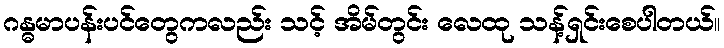
ဂန္ဓမာပန်းပင်တွေကလည်း သင့် အိမ်တွင်း လေထု သန့်ရှင်းစေပါတယ်။